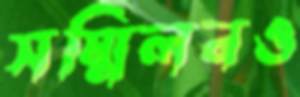
সম্মিলনও